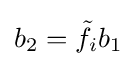
b_{2}={\tilde {f}}_{i}b_{1}